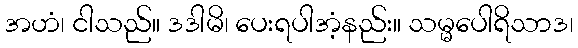
အဟံ၊ ငါသည်။ ဒဒါမိ၊ ပေးရပါအံ့နည်း။ သမ္မပေါရိသာဒ၊